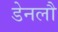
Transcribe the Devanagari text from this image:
डेनलौ